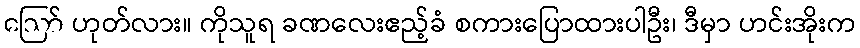
ဪ ဟုတ်လား။ ကိုသူရ ခဏလေးဧည့်ခံ စကားပြောထားပါဦး၊ ဒီမှာ ဟင်းအိုးက